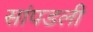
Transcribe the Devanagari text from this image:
सांपडली